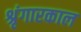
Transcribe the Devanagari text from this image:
श्रृंगारकाल